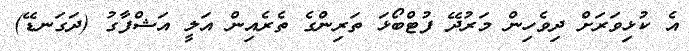
އެ ކުޅިވަރަށް ދިވެހިން މަރުދޭ ފުޓްބޯޅަ ތަރިންގެ ތެރެއިން އަލީ އަޝްފާގު (ދަގަނޑޭ)